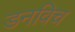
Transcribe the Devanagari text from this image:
डनविच